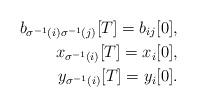
LaTeX: \begin{align*}b_{\sigma^{-1}(i)\sigma^{-1}(j)}[T]=b_{ij}[0],\\x_{\sigma^{-1}(i)}[T]=x_{i}[0],\\y_{\sigma^{-1}(i)}[T]=y_{i}[0].\end{align*}